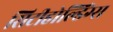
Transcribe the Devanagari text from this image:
सिटीहोल्डिंग्स